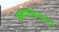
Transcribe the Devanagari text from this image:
कलापथकासाठी